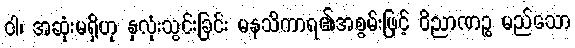
ဝါ၊ အဆုံးမရှိဟု နှလုံးသွင်းခြင်း မနသိကာရ၏အစွမ်းဖြင့် ဝိညာဏဉ္စ မည်သော